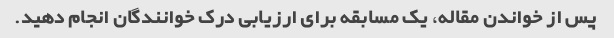
پس از خواندن مقاله، یک مسابقه برای ارزیابی درک خوانندگان انجام دهید.